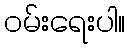
၀မ်းရေးပါ။